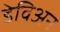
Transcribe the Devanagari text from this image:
डेविअन